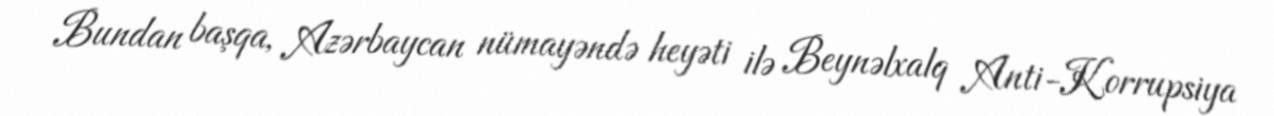
Bundan başqa, Azərbaycan nümayəndə heyəti ilə Beynəlxalq Anti-Korrupsiya